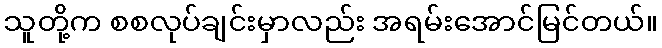
သူတို့က စစလုပ်ချင်းမှာလည်း အရမ်းအောင်မြင်တယ်။